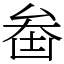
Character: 𠫻